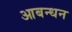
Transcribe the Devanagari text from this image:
आबन्धन